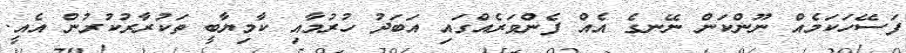
ފަސޭހަކަމެއް ނޫންކަން ނޭނގެ އެއް ފެންވަރެއްގައި އަބަދު ހުރުމާއި ކާމިޔާބީ ތަކުރާރުކުރުން އެއީ.